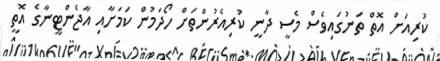
ކުރިއަށް އޮތް ތަނުގައިވެސް މެސީ ދާނީ ކުރިއެރުންތަށް ހޯދަމުން ކަމަށާއި އާޖެންޓީނާގެ އޮތީ